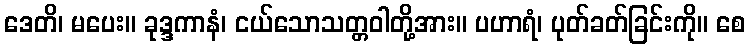
ဒေတိ၊ မပေး။ ခုဒ္ဒကာနံ၊ ငယ်သောသတ္တဝါတို့အား။ ပဟာရံ၊ ပုတ်ခတ်ခြင်းကို။ စေ